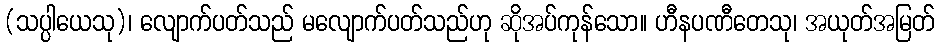
(သပ္ပါယေသု)၊ လျောက်ပတ်သည် မလျောက်ပတ်သည်ဟု ဆိုအပ်ကုန်သော။ ဟီနပဏီတေသု၊ အယုတ်အမြတ်